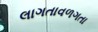
લાગતાવળગતા